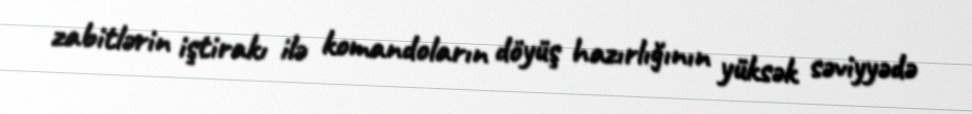
zabitlərin iştirakı ilə komandoların döyüş hazırlığının yüksək səviyyədə